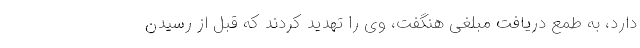
دارد، به طمع دریافت مبلغی هنگفت، وی را تهدید کردند که قبل از رسیدن